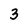
Character: 3